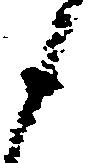
候